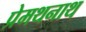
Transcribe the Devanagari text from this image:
प्रेमथनाथ